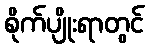
စိုက်ပျိုးရာတွင်